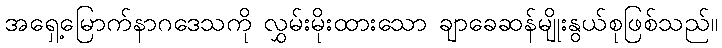
အရှေ့မြောက်နာဂဒေသကို လွှမ်းမိုးထားသော ချာခေဆန်မျိုးနွယ်စုဖြစ်သည်။